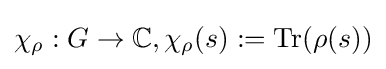
\chi _{\rho }:G\to \mathbb {C} ,\chi _{\rho }(s):={\text{Tr}}(\rho (s))